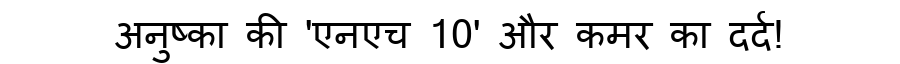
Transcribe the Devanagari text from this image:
अनुष्का की 'एनएच 10' और कमर का दर्द!